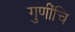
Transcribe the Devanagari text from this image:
गुणींचि